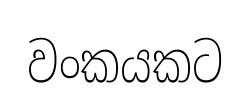
වංකයකට